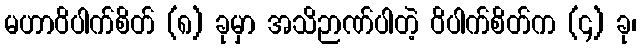
မဟာဝိပါက်စိတ် (၈) ခုမှာ အသိဉာဏ်ပါတဲ့ ဝိပါက်စိတ်က (၄) ခု၊